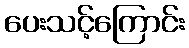
ပေးသင့်ကြောင်း